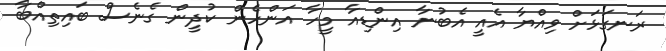
ރަނގަޅަށް ވިއްޔާ އެއީ އެބުނާ އިންޑިއާ މީހާ އަންހެން ކުދީން ގެނެސް ބައިތިއްބާ